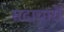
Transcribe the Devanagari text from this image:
सदाचारों